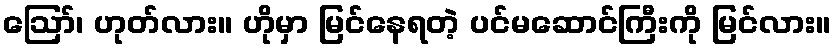
ဪ၊ ဟုတ်လား။ ဟိုမှာ မြင်နေရတဲ့ ပင်မဆောင်ကြီးကို မြင်လား။